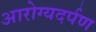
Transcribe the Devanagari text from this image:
आरोग्यदर्पण